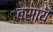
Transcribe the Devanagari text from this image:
बसायॆ